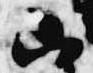
山